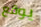
يوقع